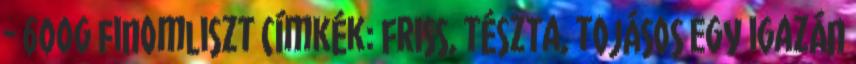
- 600g finomliszt Címkék: friss, tészta, tojásos Egy igazán